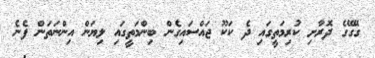
ގޭގޭގެ ދޮރާށި ކުރިމަތީގައި ދެ ކަކޫ ޖައްސައިގެން ބިންމަތީގައި ލިޔަން އިންނަތަން ފެނެ